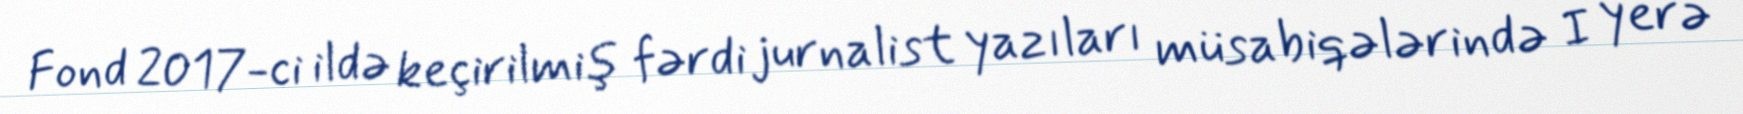
Fond 2017-ci ildə keçirilmiş fərdi jurnalist yazıları müsabiqələrində I yerə